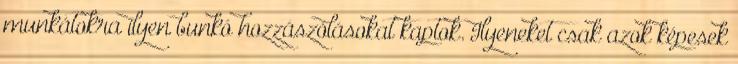
munkátokra ilyen bunkó hozzászólásokat kaptok. Ilyeneket csak azok képesek